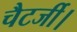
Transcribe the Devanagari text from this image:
चैटर्जी।